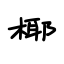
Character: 椰